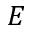
E